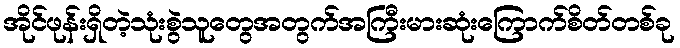
အိုင်ဖုန်းရှိတဲ့သုံးစွဲသူတွေအတွက်အကြီးမားဆုံးကြောက်စိတ်တစ်ခု